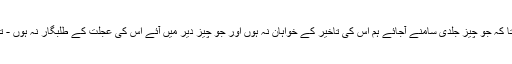
(5) ہمیں اس مشیت کی اطاعت کا الہام عطا فرما جو تونے ہم پر وارد کی ہے تا کہ جو چیز جلدی سامنے آجائے ہم اس کی تاخیر کے خواہان نہ ہوں اور جو چیز دیر میں آئے اس کی عجلت کے طلبگار نہ ہوں - تیری اشیاء کو مکروه نہ سمجھیں اور تیری ناپسندیده چیزوں کو اختیار نہ کرلیں۔